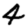
Digit: 4